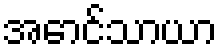
အောင်သာယာ